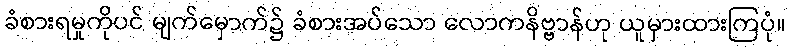
ခံစားရမှုကိုပင် မျက်မှောက်၌ ခံစားအပ်သော လောကနိဗ္ဗာန်ဟု ယူမှားထားကြပုံ။